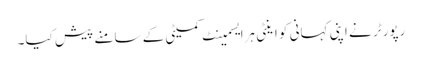
رپورٹر نے اپنی کہانی کو اینٹی ہرایسمینٹ کمیٹی کے سامنے پیش کیا۔